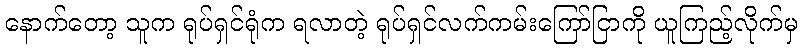
နောက်တော့ သူက ရုပ်ရှင်ရုံက ရလာတဲ့ ရုပ်ရှင်လက်ကမ်းကြော်ငြာကို ယူကြည့်လိုက်မှ